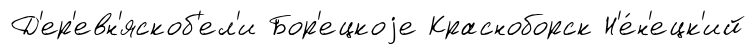
Д'ер'евн'яскоб'ел'и Бор'ецкоjе Красноборск Н'е́н'ецк'ий